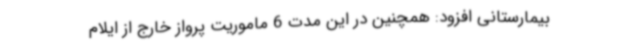
بیمارستانی افزود: همچنین در این مدت 6 ماموریت پرواز خارج از ایلام